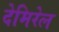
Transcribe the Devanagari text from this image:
देमिरेल